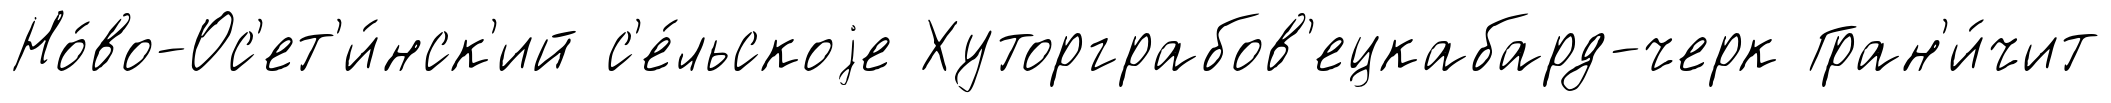
Но́во-Ос'ет'и́нск'ий с'е́льскоjе Хуторграбов'ецкабард-черк Гран'и́чит